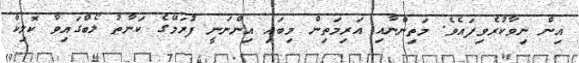
އިން ނިވާކުރެވިފައެވެ. މަތިންނާއި އަރިމަތިން މިބައި އިންނަނީ ފުރަމޭގެ ކަނާތު ލޯބްގައިވާ ކޮލިކް